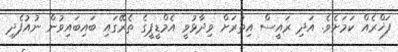
ފަޚްރެއް ކަމަށެވެ. އަދި ރައީސް އިތުރަށް ވިދާޅުވީ އެމްޑީޕީގެ ތެރޭގައި ބައިބައިވުން ނުއުފެދި